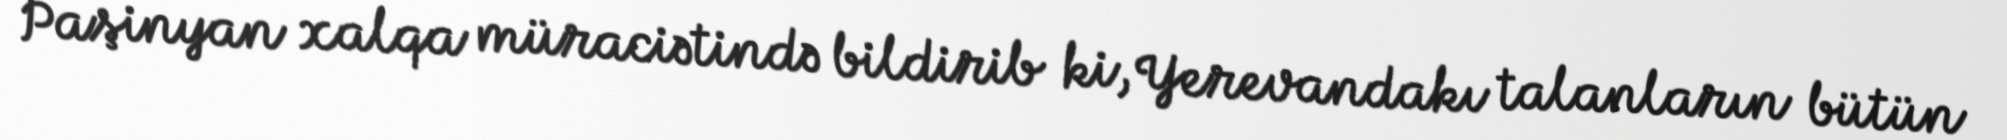
Paşinyan xalqa müraciətində bildirib ki, Yerevandakı talanların bütün